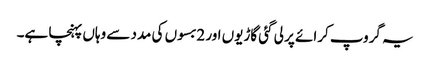
یہ گروپ کرائے پر لی گئی گاڑیوں اور 2بسوں کی مدد سے وہاں پہنچا ہے۔